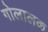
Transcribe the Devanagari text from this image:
गोलालक